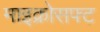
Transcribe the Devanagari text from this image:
माइक्रोसफ्ट